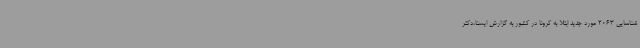
شناسایی 2063 مورد جدید ابتلا به کرونا در کشور به گزارش ایسنا،دکتر